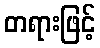
တရားဖြင့်